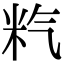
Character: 𥸽